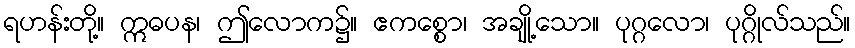
ရဟန်းတို့။ ဣဓပန၊ ဤလောက၌။ ဧကစ္စော၊ အချို့သော။ ပုဂ္ဂလော၊ ပုဂ္ဂိုလ်သည်။